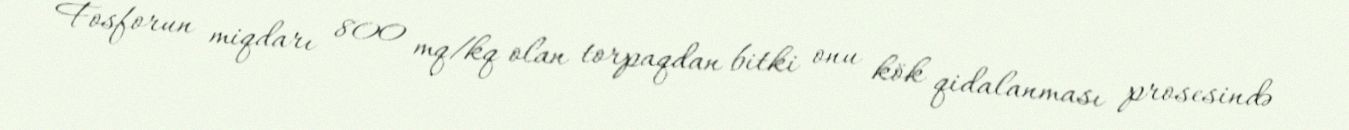
Fosforun miqdarı 800 mq/kq olan torpaqdan bitki onu kök qidalanması prosesində